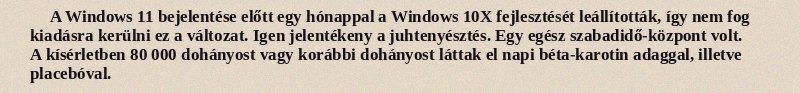
A Windows 11 bejelentése előtt egy hónappal a Windows 10X fejlesztését leállították, így nem fog kiadásra kerülni ez a változat. Igen jelentékeny a juhtenyésztés. Egy egész szabadidő-központ volt. A kísérletben 80 000 dohányost vagy korábbi dohányost láttak el napi béta-karotin adaggal, illetve placebóval.